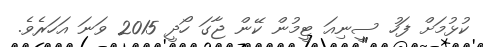
ކުޅުމަށް ފަހު ސީނިއަ ޓީމުން ކޭން ޖާގަ ހޯދީ 2015 ވަނަ އަހަރެވެ.